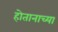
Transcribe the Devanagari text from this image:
होतानाच्या